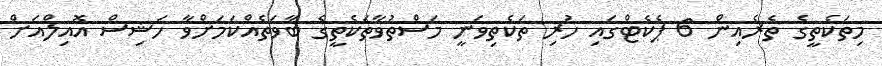
މިތަކެތީގެ ތެރެއިން 6 ޕެކެޓްގައި ހުރި ތަކެތިވަނީ މަސްތުވާތަކެތީގެ ބާވަތެއްކަމަށްވާ ހަޝިސް އޮއިލްއަށް